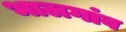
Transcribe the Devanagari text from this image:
भालगांव